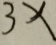
3 x